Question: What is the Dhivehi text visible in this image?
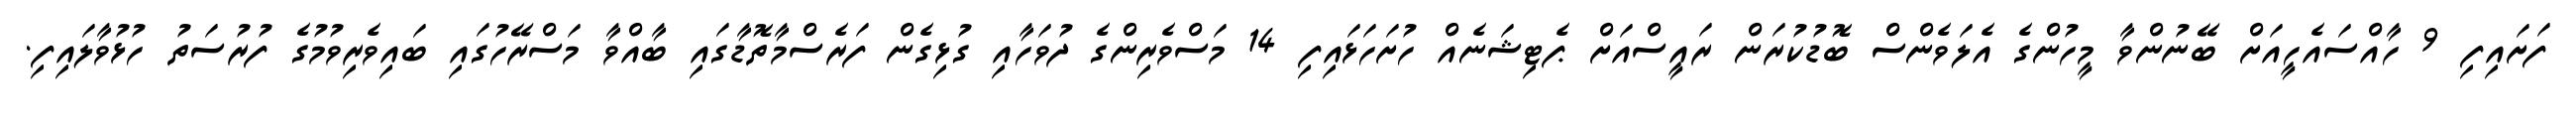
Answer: ފަށައިފި 9 ހާއްސައެހީއަށް ބޭނުންވާ މީހުންގެ އެލަވެންސް ބޮޑުކުރަން ރައީސްއަށް ޕެޓިޝަނެއް ހުށަހަޅައިފި 14 މަސްވެރިންގެ ދުވަހާއި ގުޅިގެން ފަރެސްމާތޮޑާގައި ބާއްވާ މަސްރޭހުގައި ބައިވެރިވުމުގެ ފުރުސަތު ހުޅުވާލައިފި.